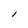
Character: l